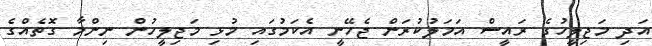
އަދި މަޖިލީހުގެ ރައީސް އަމަލުކުރަން ޖެހޭނީ އެކަމުގައި މުޅި މަޖިލީހުން ނިންމާ ގޮތެއްގެ